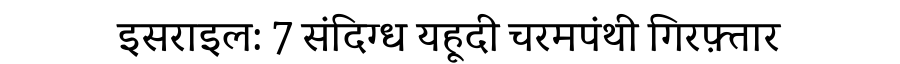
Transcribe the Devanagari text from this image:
इसराइल: 7 संदिग्ध यहूदी चरमपंथी गिरफ़्तार